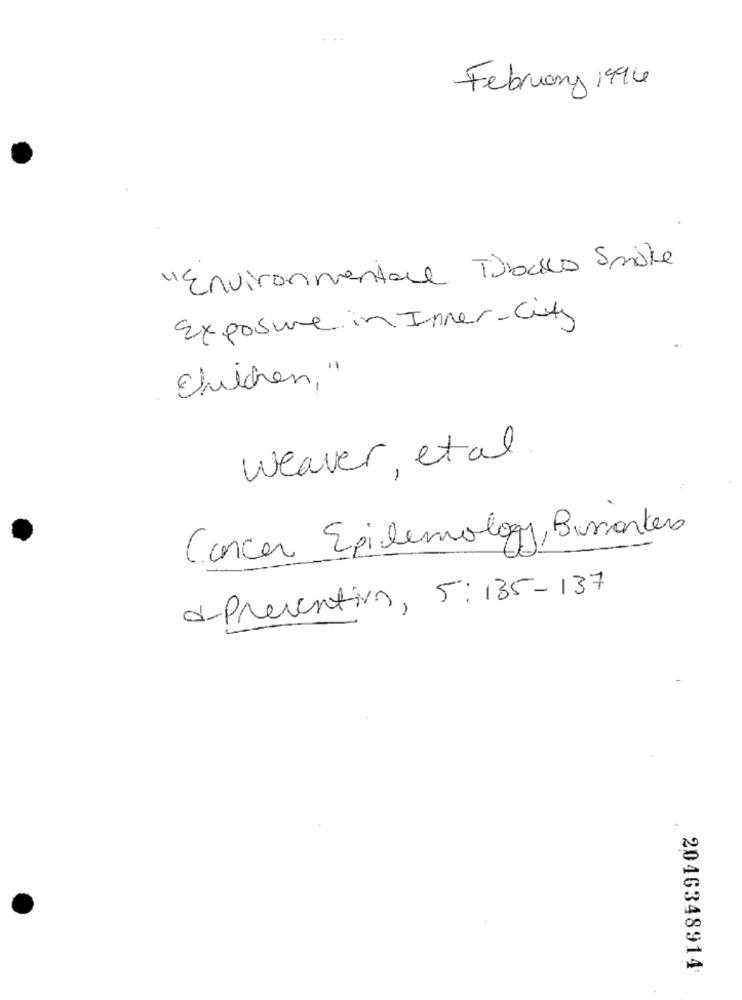
February 1996
"Environmentale Tobacco Smoke
Exposure in Inner-city
Chilchen, "
weaver, etal
Cancer Epidemiology Bussartes
a Preventivo, 5:135-137
2046348914